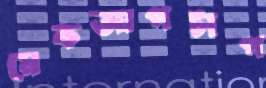
মেকআপটাপ